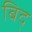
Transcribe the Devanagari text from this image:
बिद्